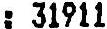
: 31911